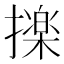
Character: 𭢫